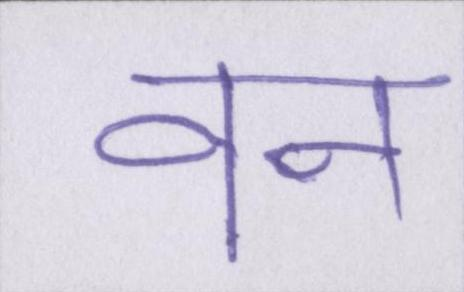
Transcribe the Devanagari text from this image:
वन